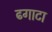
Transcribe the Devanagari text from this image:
ढगाटा